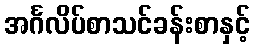
အင်္ဂလိပ်စာသင်ခန်းစာနှင့်